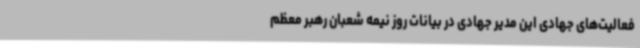
فعالیت‌های جهادی این مدیر جهادی در بیانات روز نیمه شعبان رهبر معظم